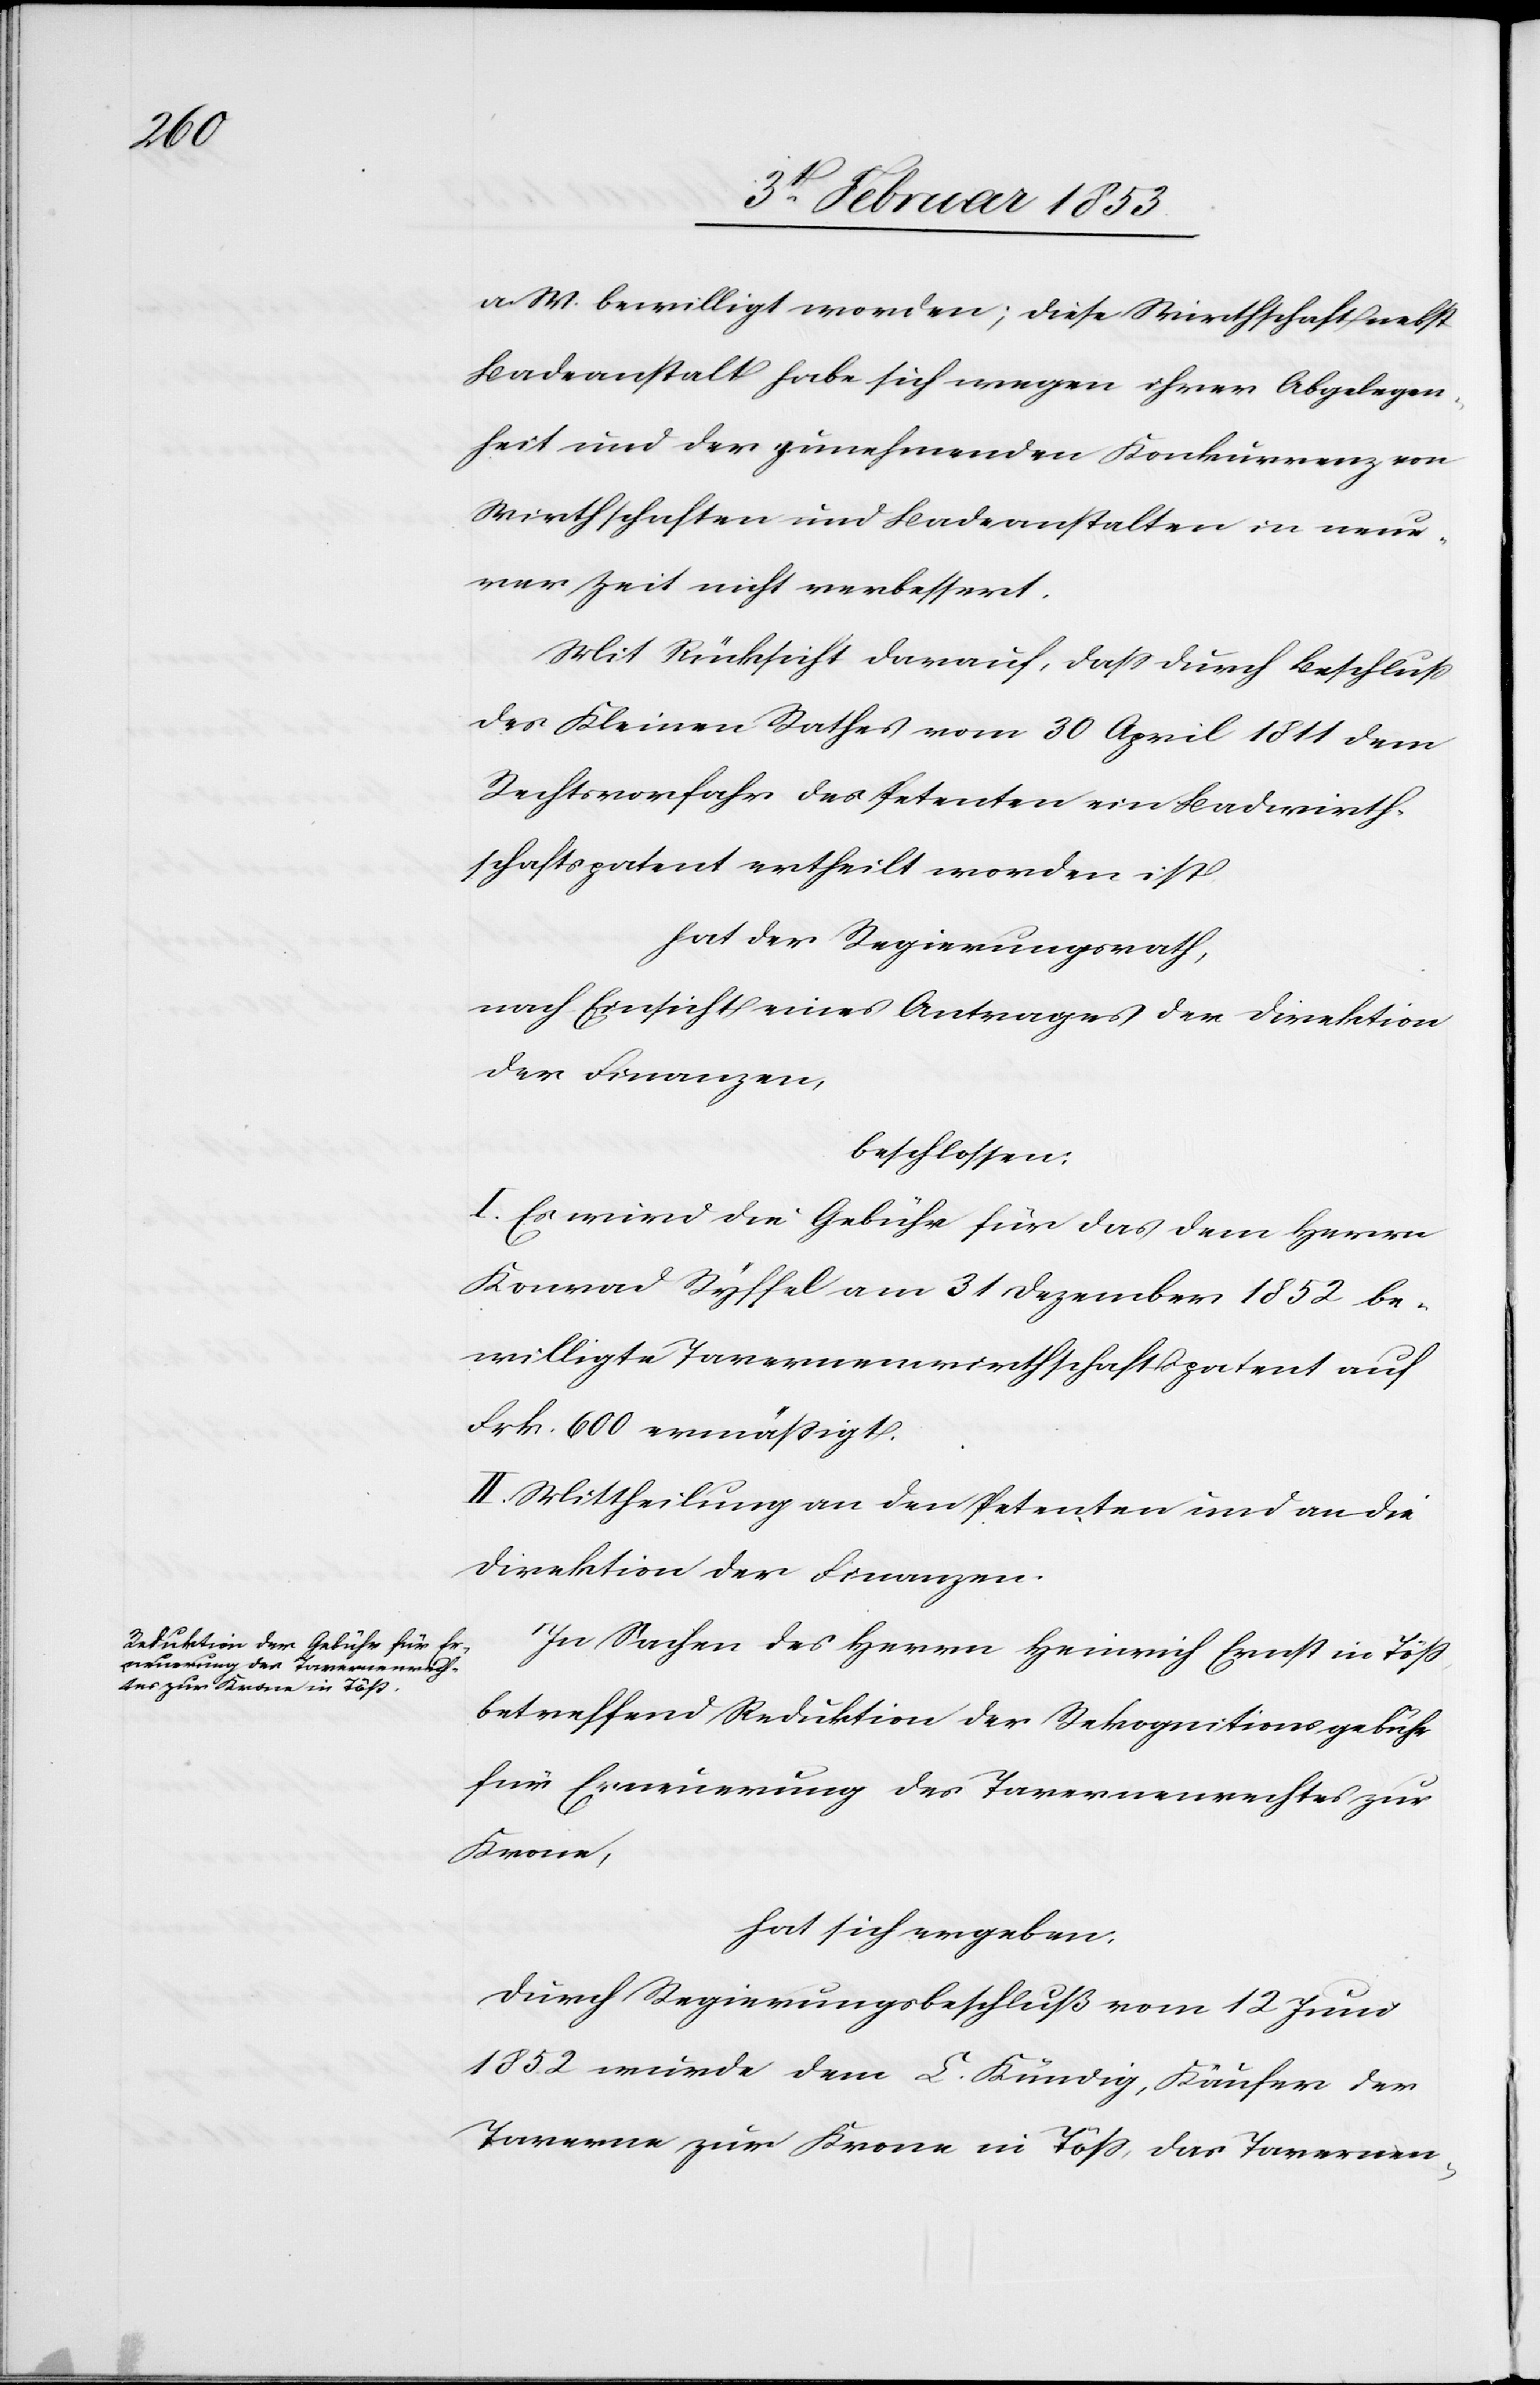
a. W. bewilligt worden; diese Wirthschaft nebst
Badeanstalt habe sich wegen ihren Abgelegen¬
heit und der zunehmenden Konkurrenz von
Wirthschaften und Badeanstalten in neue¬
rer Zeit nicht verbessert.
Mit Rücksicht darauf, daß durch Beschluß
des Kleinen Rathes vom 30 April 1811 dem
Rechtvorfahr des Petenten ein Badewirth¬
schaftspatent ertheilt worden ist.
hat der Regierungsrath,
nach Einsicht eines Antrages der Direktion
der Finanzen.
beschlossen:
I. Es wird die Gebühr für das dem Herrn
Konrad Ryffel am 31 Dezember 1852 be¬
willigte Tavernenwirthschaftspatent auf
Frk 600 ermäßigt.
II. Mittheilung an den Petenten und an die
Direktion der Finanzen.
In Sachen des Herrn Heinrich Ernst in Töß,
betreffend Reduktion der Rekognitionsgebühr
für Erneuerung des Tavernenrechtes zur
Krone,
hat sich ergeben:
durch Regierungsbeschluß vom 12 Juni
1852 wurde dem L. Kündig, Käufer der
Taverne zur Krone in Töß, das Tavernen-